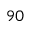
9 0